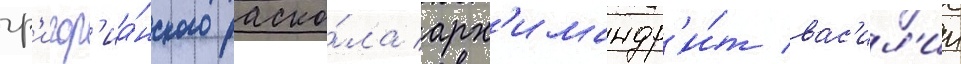
гр'игор'иа́нского раско́ла арх'имандр'и́т вас'ил'ии